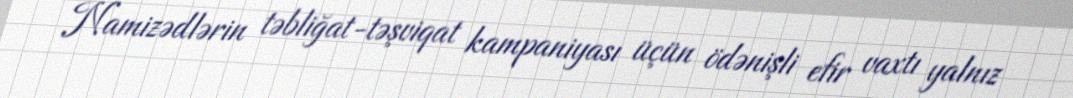
Namizədlərin təbliğat-təşviqat kampaniyası üçün ödənişli efir vaxtı yalnız